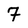
Character: 7